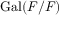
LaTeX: \operatorname { G a l } ( F / F )